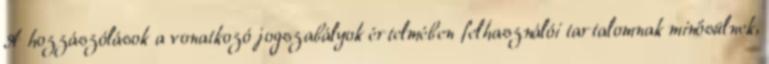
A hozzászólások a vonatkozó jogszabályok értelmében felhasználói tartalomnak minősülnek,